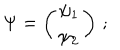
LaTeX: \Psi = \left( \begin{array} { c l c r } { { \psi _ { 1 } } } \\ { { \psi _ { 2 } } } \\ \end{array} \right) \, ;